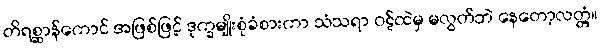
တိရစ္ဆာန်ကောင် အဖြစ်ဖြင့် ဒုက္ခမျိုးစုံခံစားကာ သံသရာ ဝဋ်ထဲမှ မလွတ်ဘဲ နေတော့လတ္တံ့။